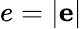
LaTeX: e=\left|\mathbf{e}\right|